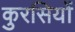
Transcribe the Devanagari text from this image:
कुरसियों